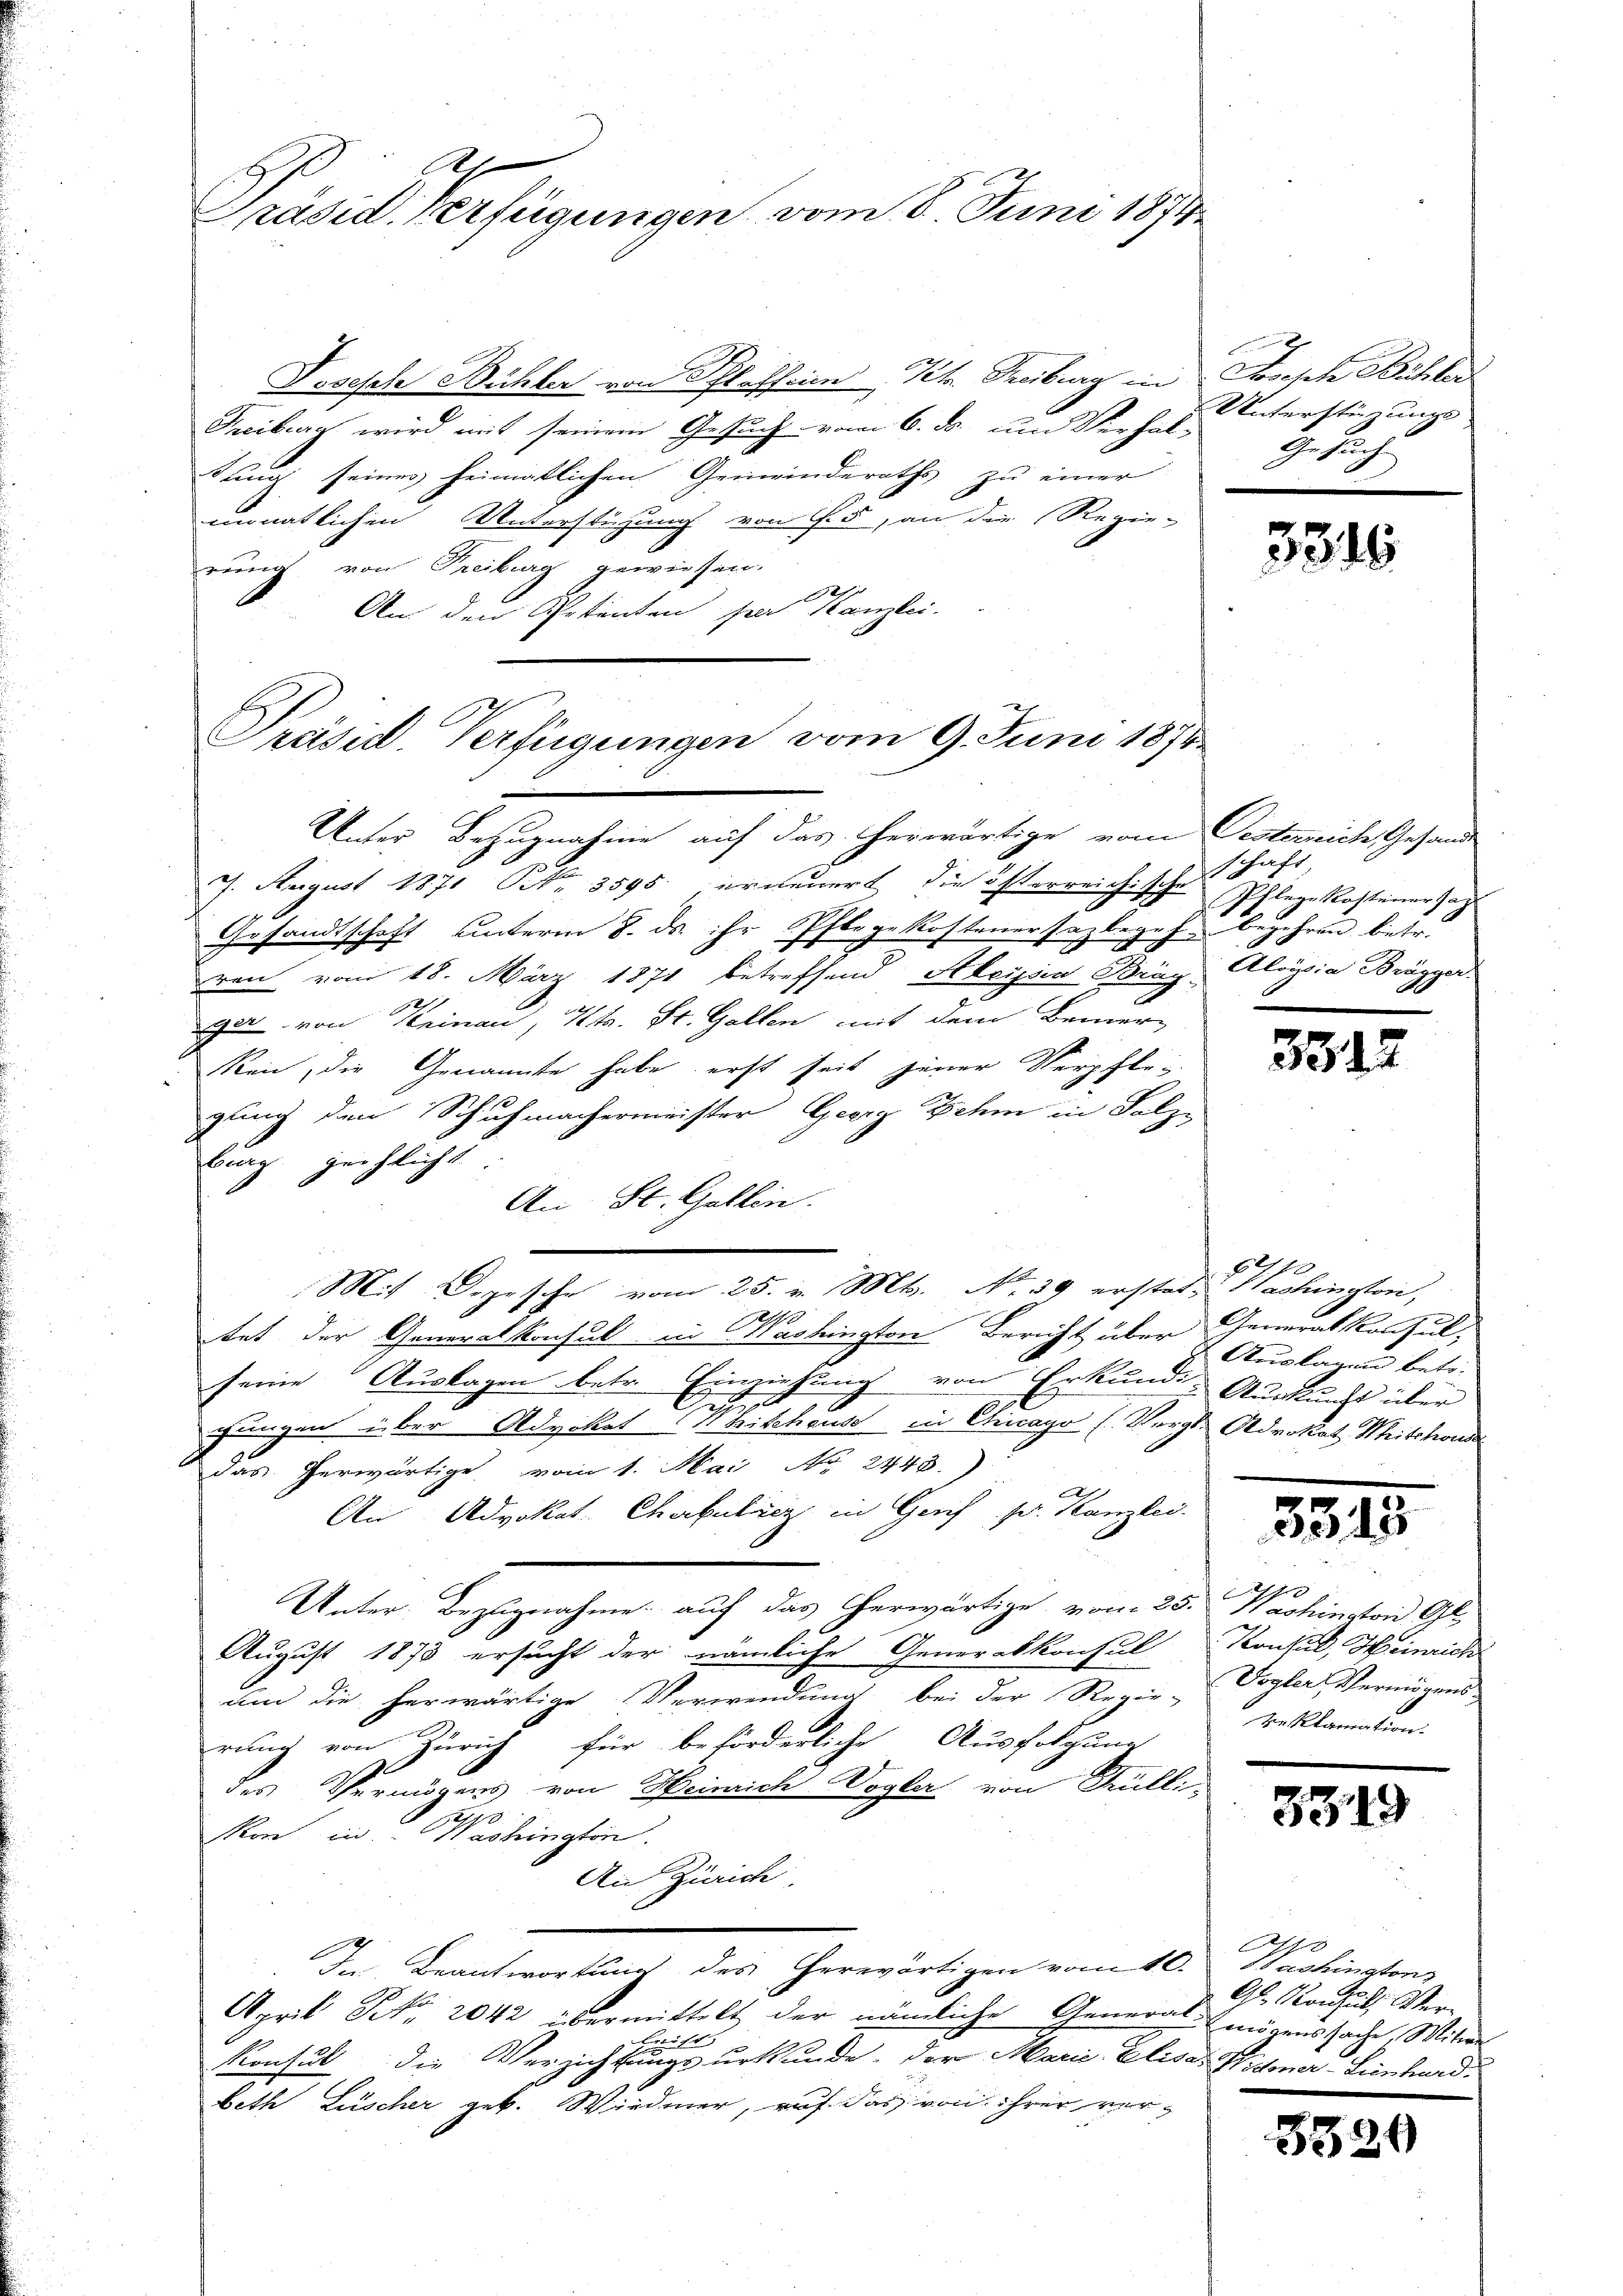
Präsid. Verfügungen vom 8. Juni 1874

Posesche Bühler von Plaffein Kt. Treiburg in Joseph Bühler
Treiburg wird mit seinem Gesuch vom 6. ds. um Verhal-
tung seines heimatlichen Gemeinderaths zu einer
monatlichen Unterstüzung von Fis, an die Regie-
rung von Freiburg gewiesen.
An den Petenten per Kanzlei.
Unter Bezugnahme auf das erwärtige vom
J. August 1871 NNo. 3595. erneuert die österreichische
Gesandtschaft unterm 8. ds. ihr Pflegekostenersazbegehren vom 18. März 1871 betreffend Aleyssen Bräg Aloysia Brägger
ger von Kninau, Kts. St. Gallen mit dem Bemer-
Rein, die Genannte habe erst seit jener Verpflegung den Schuhmachermeister Georg Dehm in Folz-
bing zeihlicht
An St. Gallen.
Mit Depesche vom 25. v. Mts. No. 39 erstat. Washington,
A
tet der Generalkonsul in Washington Bericht über Generalkonsul,
seine Auslagen betr. Einziehung von Erkund Auskunft über
Ge
fingen über Advokat 11 Mittheus in Chicago (Vergl. Advokat Mitchoude
das herwärtige vom 1. Mai No 2443)
E
An Advokat Churbulicz in Gerif pr. Kanzlei.
e
Unter Bezugnahme auf das herwärtige vom 25.
August 1873 ersucht der nämliche Generalkonsul Konsul, Heinrich
um die herwärtige Verwendung bei der Regie-Vogler Vermögens
rung von Zürich für beförderliche Ausfolgung
des Vermögens von Heinrich Dogla von Mülli-
e
kon in Washington.
An Zürich
In Beantwortung des herwärtigen vom 10. Washington
April NNo. 2042 übermittelt der nämliche General- mögenssache, Witwe
ift
Konsul die Verzichtungsurkunde. Der Marie Elisas Widmer-Linburd.
beth Lüscher geb. Wiedmer, auf das von ihrer ver¬

Präsid. Verfügungen vom 9. Juni 1874

Unterstüzungs-
Gesuche

3346

Oesterreich, Gesand
schaft
Pflege Kosteiner Jag
.
3
e
ehren betr.
x

3512

Auslagen betr.

3515

e
Hachington Gl
Reklamation.

339

10
Gl. Konseil, Ver¬

3329